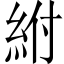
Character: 紨